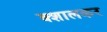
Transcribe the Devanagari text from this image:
क्शालकर